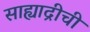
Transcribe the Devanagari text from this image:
साह्याद्रीची